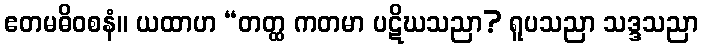
ဧတမဓိဝစနံ။ ယထာဟ “တတ္ထ ကတမာ ပဋိဃသညာ? ရူပသညာ သဒ္ဒသညာ